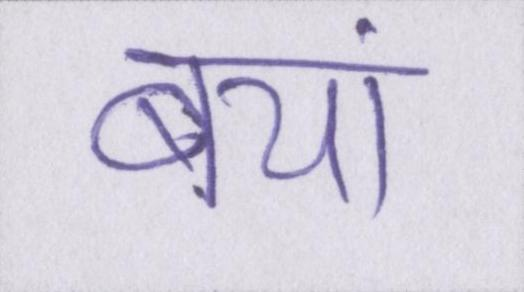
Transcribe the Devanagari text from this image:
बयां